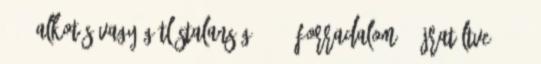
205. Alkotás vagy gátlástalanság? 204. Forradalom - újratöltve? 203.